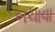
બચાવા